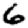
Digit: 6